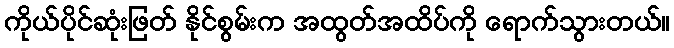
ကိုယ်ပိုင်ဆုံးဖြတ် နိုင်စွမ်းက အထွတ်အထိပ်ကို ရောက်သွားတယ်။